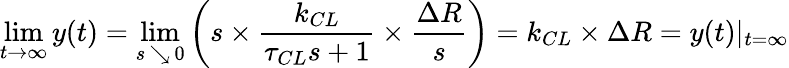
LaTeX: \operatorname*{lim}_{t\to\infty}y(t)=\operatorname*{lim}_{s\, \searrow\, 0}\left(s\times{\frac{k_{CL}}{\tau_{CL}s+1}}\times{\frac{\Delta R}{s}}\right)=k_{CL}\times\Delta R=y(t)|_{t=\infty}